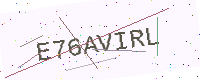
Text: E76AVIRL